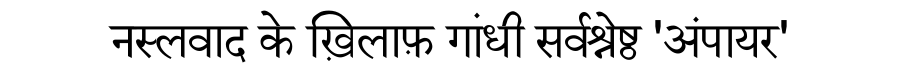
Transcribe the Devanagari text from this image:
नस्लवाद के ख़िलाफ़ गांधी सर्वश्रेष्ठ 'अंपायर'